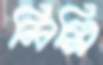
লিপ্পি